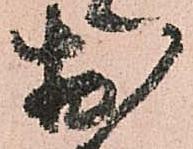
於